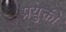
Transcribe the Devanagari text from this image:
प्रयुक्ती